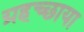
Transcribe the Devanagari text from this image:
ग्रहच्छाया